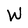
Character: W